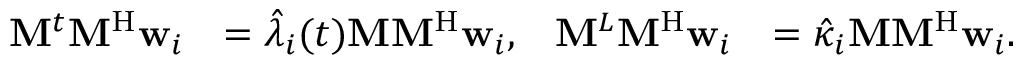
\begin{array} { r l r l } { \mathbf { M } ^ { t } \mathbf { M } ^ { \mathrm { H } } \mathbf { w } _ { i } } & { = \hat { \lambda } _ { i } ( t ) \mathbf { M } \mathbf { M } ^ { \mathrm { H } } \mathbf { w } _ { i } , } & { \mathbf { M } ^ { L } \mathbf { M } ^ { \mathrm { H } } \mathbf { w } _ { i } } & { = \hat { \kappa } _ { i } \mathbf { M } \mathbf { M } ^ { \mathrm { H } } \mathbf { w } _ { i } . } \end{array}